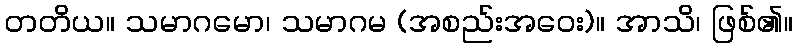
တတိယ။ သမာဂမော၊ သမာဂမ (အစည်းအဝေး)။ အာသိ၊ ဖြစ်၏။